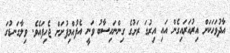
އާދުވަހަކަށް އިރުއަރައިގެން އައި އިރުގަ ރަށުގެ ގިންނަހިސާބު ވަނީ އެފުއްމިފުށަށް ޖެހިފައެވެ. ވިލާގަނޑުގަ